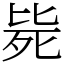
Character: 毙